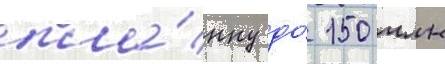
пла́нку до́ 150 млн